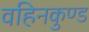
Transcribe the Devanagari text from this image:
वहिनकुण्ड